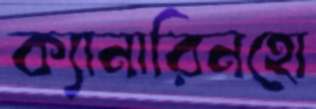
ক্যানারিনহো